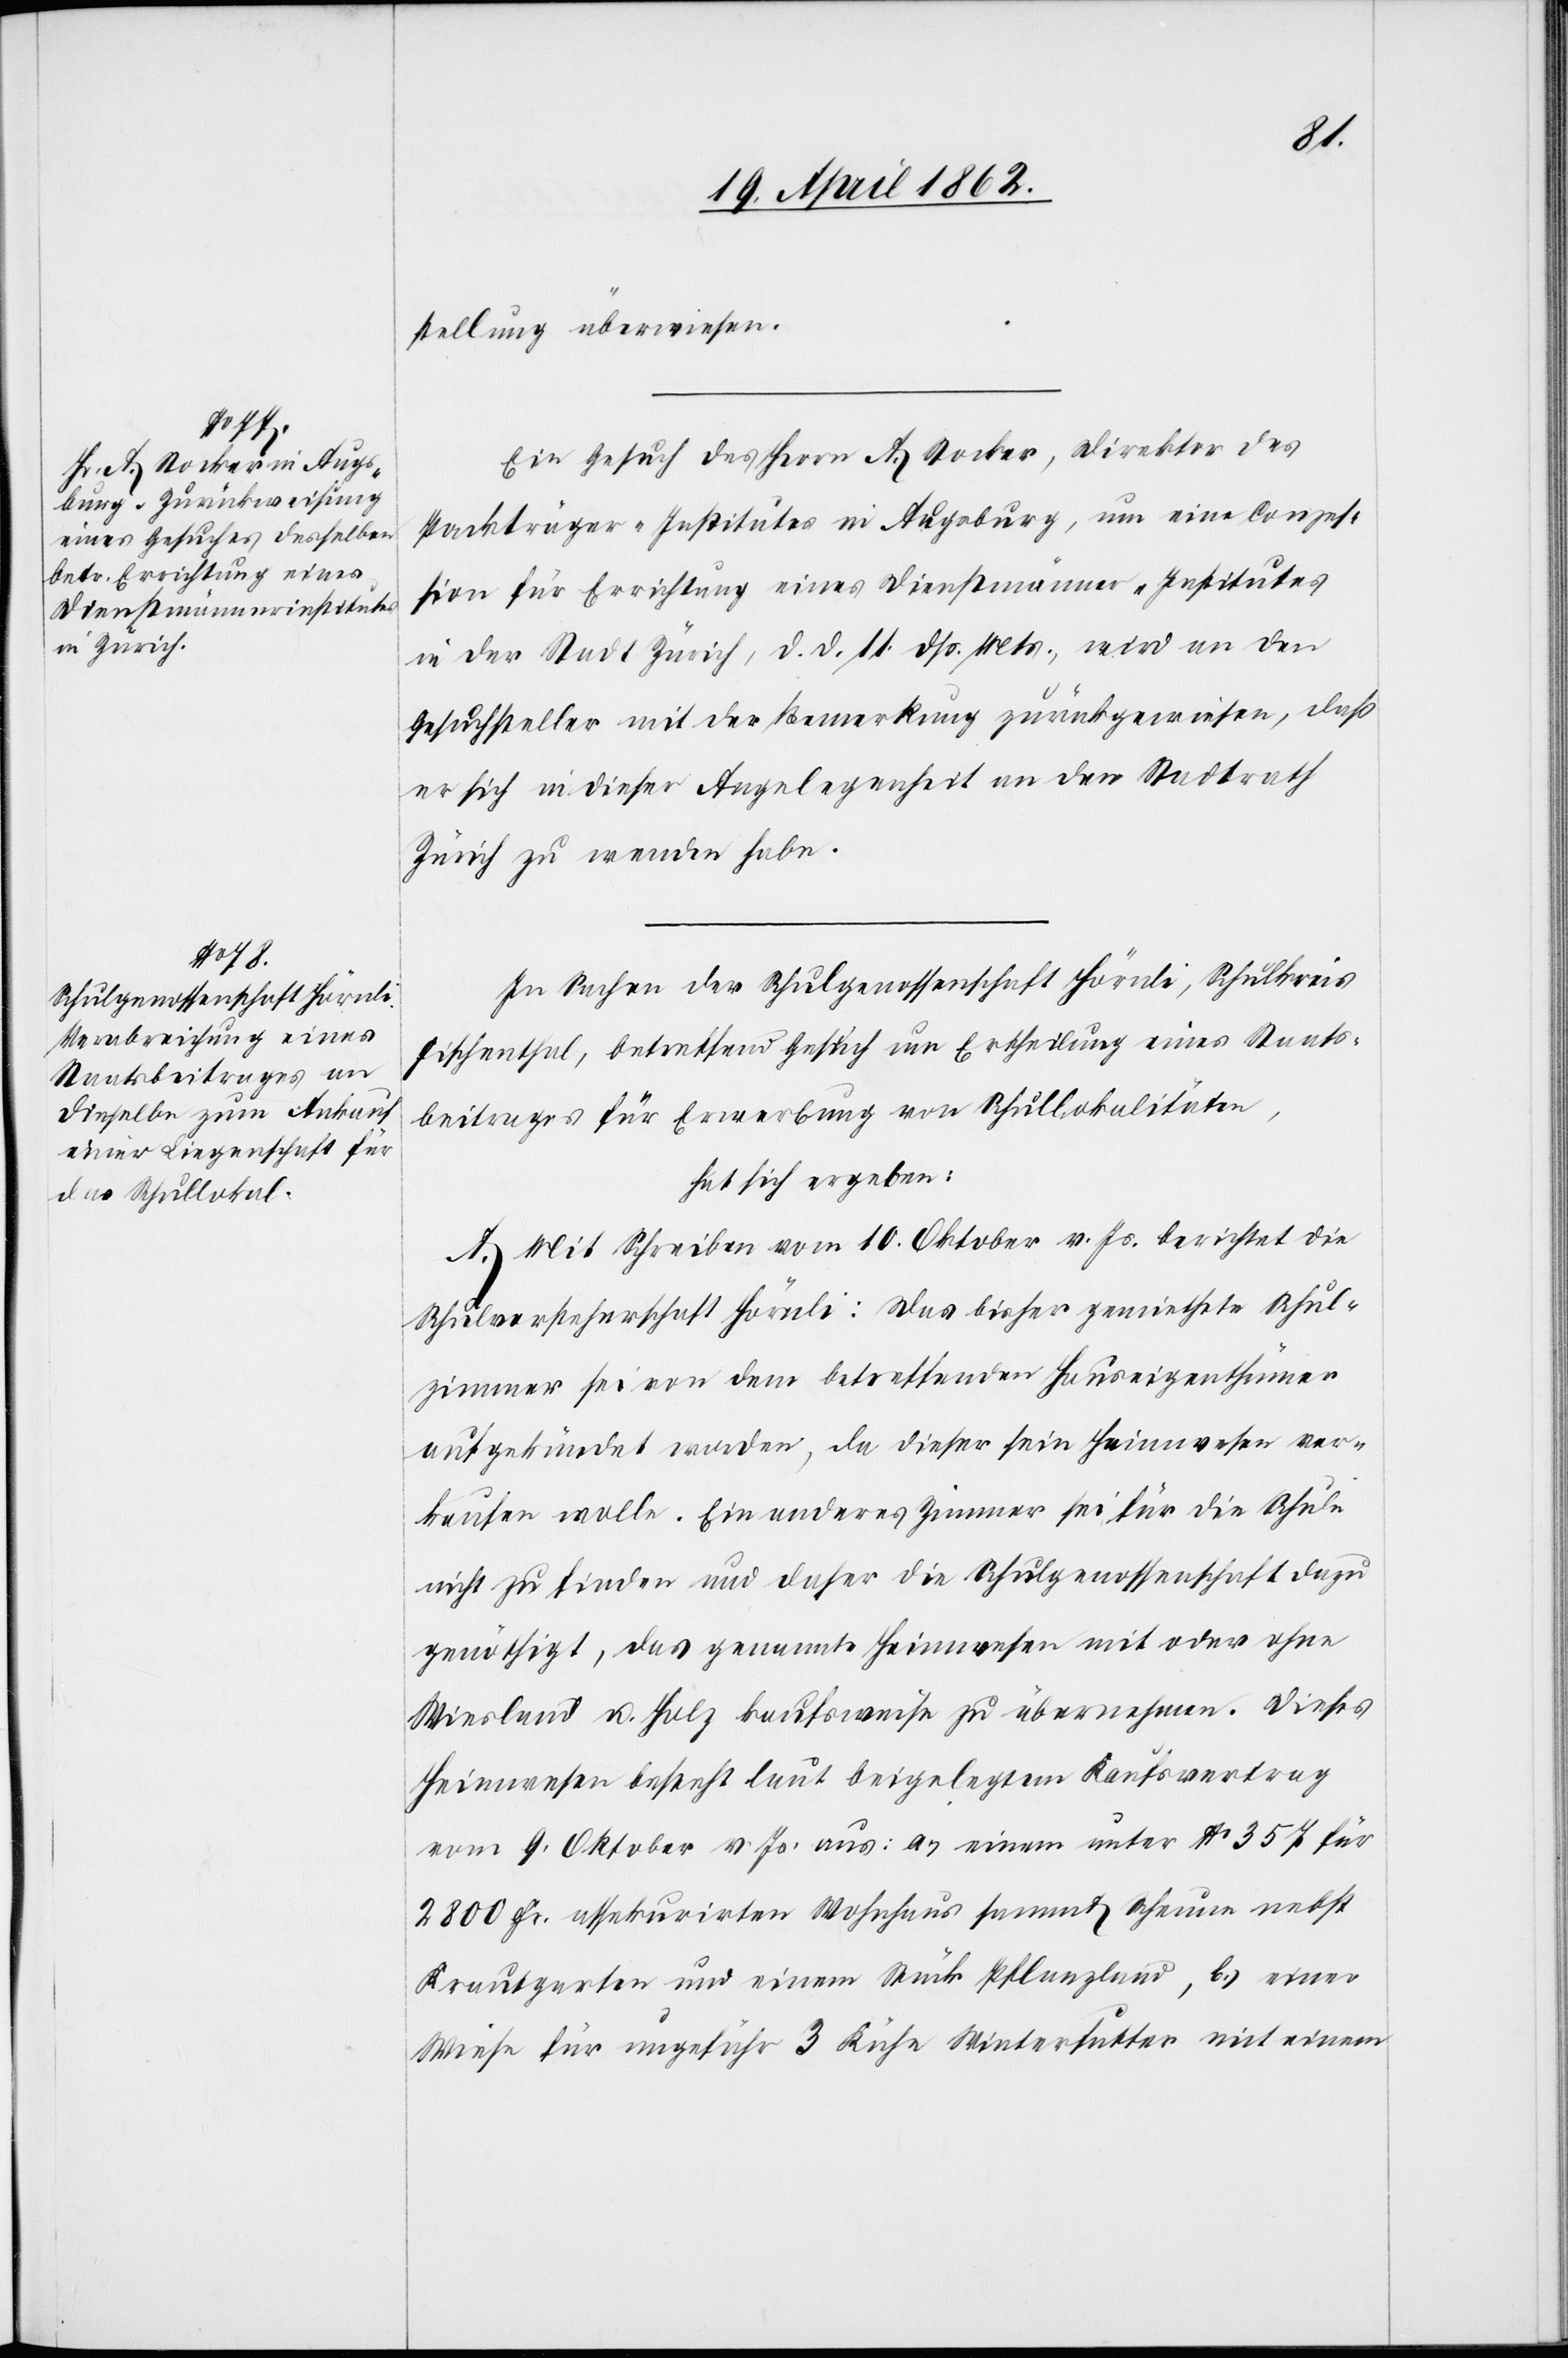
stellung überwiesen.
Ein Gesuch des Herrn A. Stocker, Direktor des
Packträger-Institutes in Augsburg, um eine Conzes¬
sion für Errichtung eines Dienstmänner-Institutes
in der Stadt Zürich, d. d. 11. dß. Mts., wird an den
Gesuchsteller mit der Bemerkung zurückgewiesen, daß
er sich in dieser Angelegenheit an den Stadtrath
Zürich zu wenden habe.
In Sachen der Schulgenossenschaft Hörnli, Schulkreis
Fischenthal, betreffend Gesuch um Ertheilung eines Staats¬
beitrages für Erwerbung von Schullokalitäten,
hat sich ergeben:
A. Mit Schreiben vom 10. Oktober v. Js. berichtet die
Schulvorsteherschaft Hörnli: Das bisher gemiethete Schul¬
zimmer sei von dem betreffenden Hauseigenthümer
aufgekündet worden, da dieser sein Heimwesen ver¬
kaufen wolle. Ein anderes Zimmer sei für die Schule
nicht zu finden und daher die Schulgenossenschaft dazu
genöthigt, das genannte Heimwesen mit oder ohne
Wiesland u. Holz kaufsweise zu übernehmen. Dieses
Heimwesen besteht laut beigelegtem Kaufsvertrag
vom 9. Oktober v. Js. aus: a) einem unter No. 357 für
2800 Fr. assekurirten Wohnhaus sammt Scheune nebst
Krautgarten und einem Stück Pflanzland, b) einer
Wiese für ungefähr 3 Kühe Winterfutter mit einem